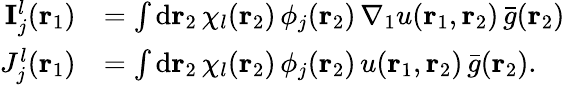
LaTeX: \begin{array}{rl}{\mathbf{I}_{j}^{l}({\mathbf{r}_{1}})}&{=\int\mathrm{d}{\mathbf{r}_{2}}\, \chi_{l}({\mathbf{r}_{2}})\, \phi_{j}({\mathbf{r}_{2}})\, \nabla_{1}u({\mathbf{r}_{1}},{\mathbf{r}_{2}})\, \bar{g}({\mathbf{r}_{2}})}\\ {J_{j}^{l}({\mathbf{r}_{1}})}&{=\int\mathrm{d}{\mathbf{r}_{2}}\, \chi_{l}({\mathbf{r}_{2}})\, \phi_{j}({\mathbf{r}_{2}})\, u({\mathbf{r}_{1}},{\mathbf{r}_{2}})\, \bar{g}({\mathbf{r}_{2}})\mathrm{.}}\end{array}